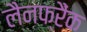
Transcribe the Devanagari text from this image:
लैनफ्रैंक